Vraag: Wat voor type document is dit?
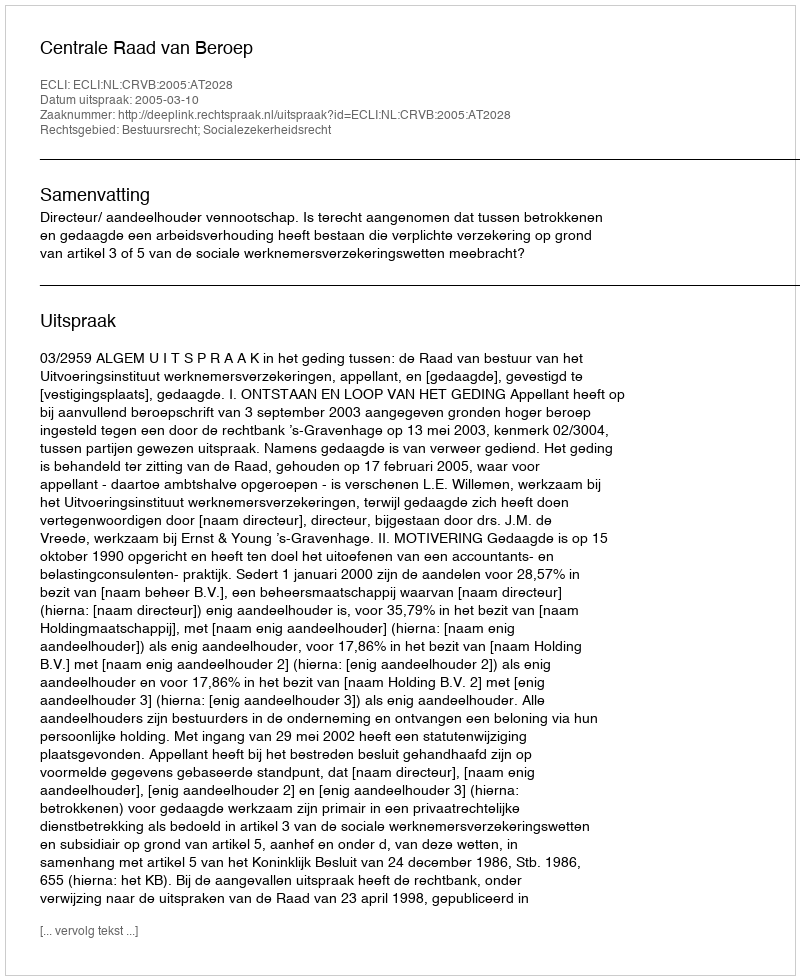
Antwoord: Uitspraak